38_143685_box7_Incident_Summaries_1-100
Agency: Department of War
Page 183
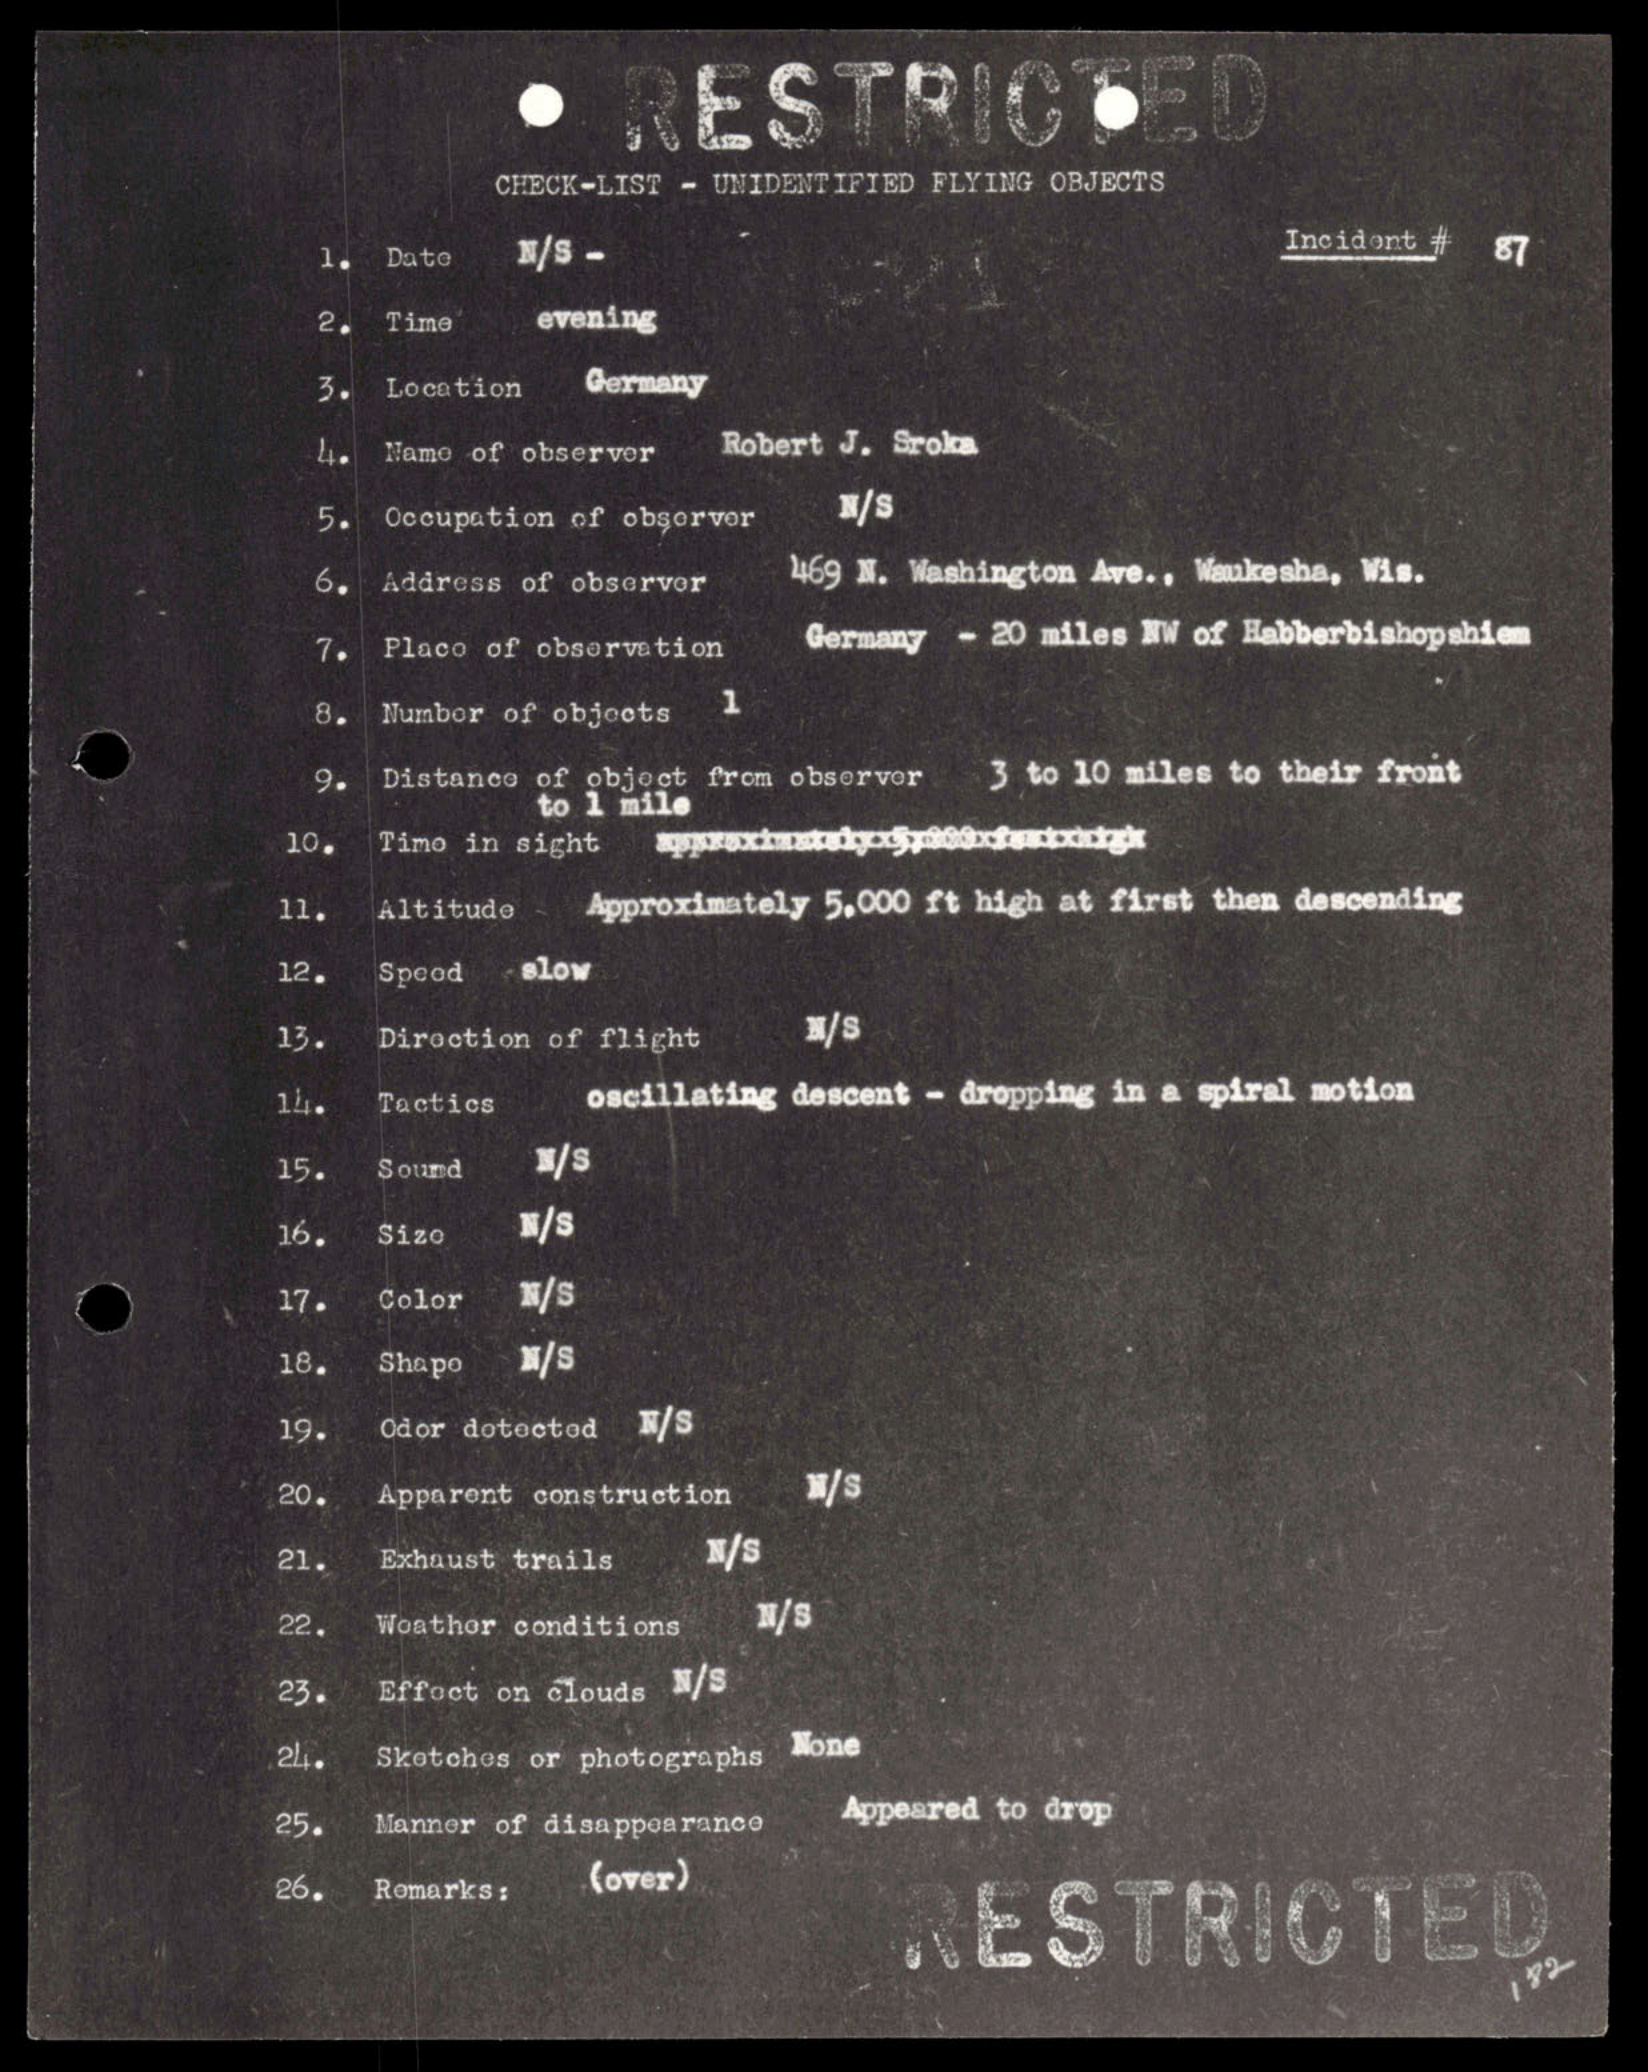